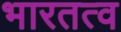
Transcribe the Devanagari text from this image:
भारतत्व